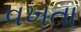
વખતા